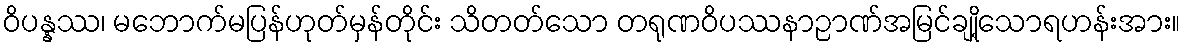
ဝိပန္နဿ၊ မဘောက်မပြန်ဟုတ်မှန်တိုင်း သိတတ်သော တရုဏဝိပဿနာဉာဏ်အမြင်ချို့သောရဟန်းအား။